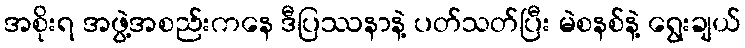
အစိုးရ အဖွဲ့အစည်းကနေ ဒီပြဿနာနဲ့ ပတ်သတ်ပြီး မဲစနစ်နဲ့ ရွေးချယ်